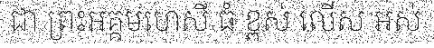
ជា ព្រះអគ្គមហេសី ធំ ខ្ពស់ លើស អស់